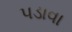
પડાવા